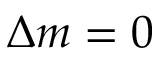
\Delta m = 0